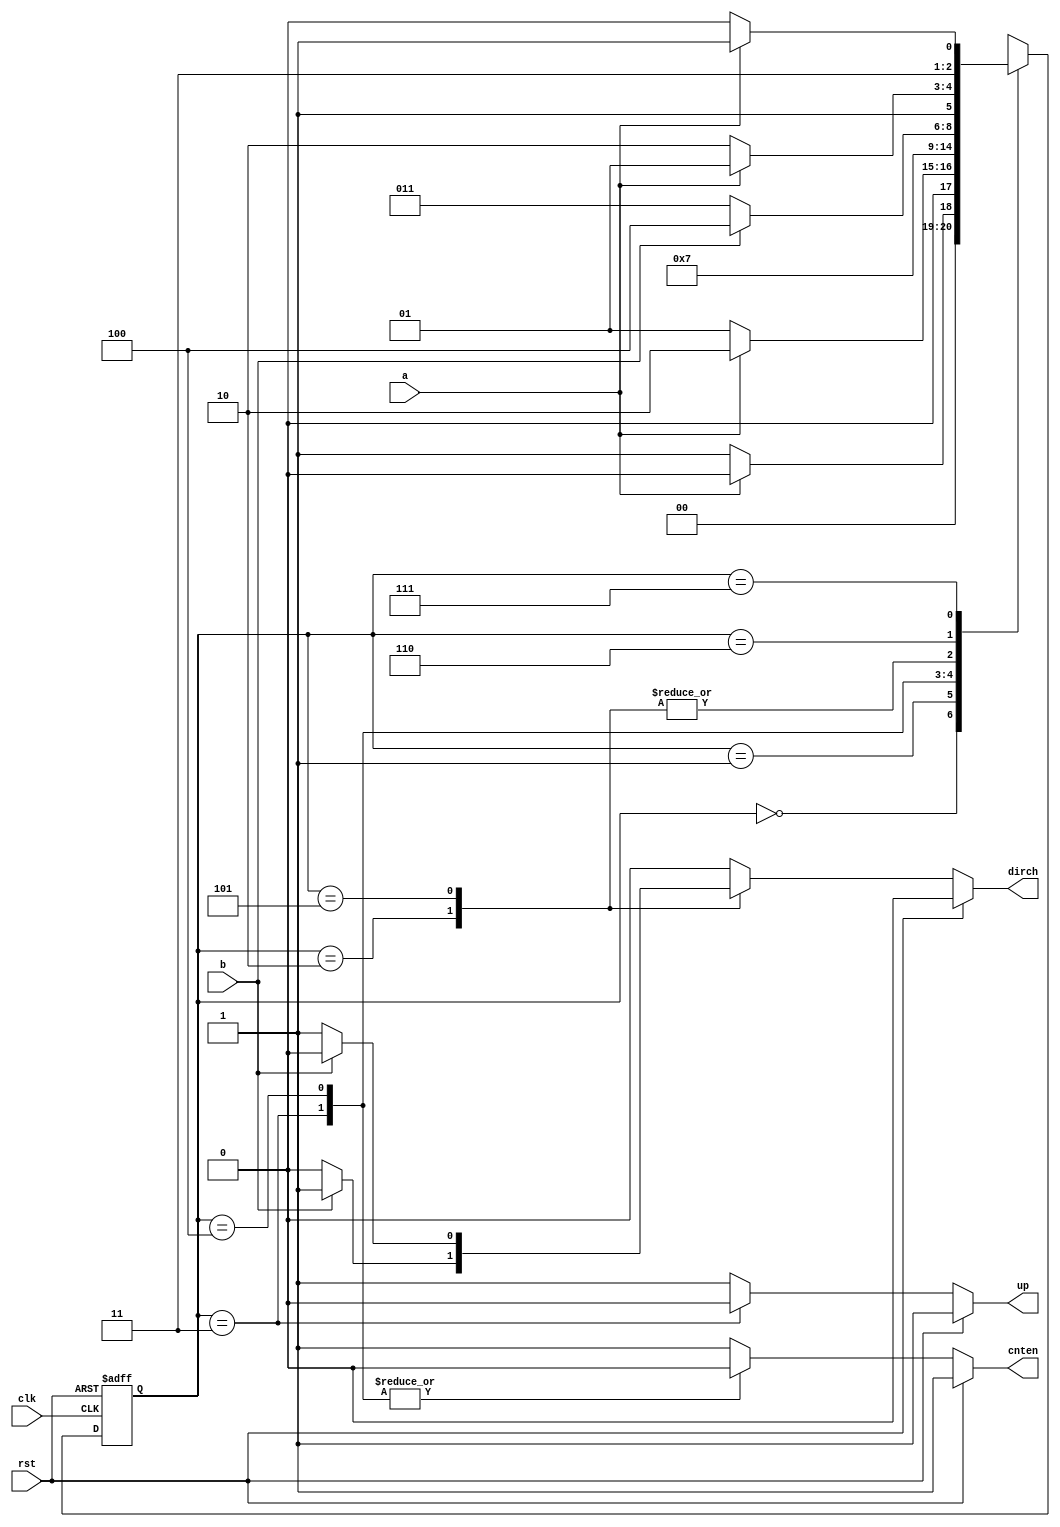
`timescale 1ns / 1ps

module ose_decoder_fsm(
    input a,
    input b,
    input clk,
    input rst,
    output reg cnten,
    output reg up,
    output reg dirch
    );

reg [2:0] st, ust;
localparam cw0=3'b000, cw1=3'b001,
           cwpe=3'b010, cwcnt=3'b011,
			  ccwcnt=3'b100, ccwpe=3'b101,
			  ccw1=3'b110, ccw0=3'b111;

always @(posedge clk, posedge rst)
begin
	if(rst)
		st<=cw0;
	else
		st<=ust;
end

always @*
begin
	if(rst)
		dirch <= 0;
	else case(st)
		cwpe: 
			if (b) 
			begin
				dirch <= 1;
				end
			else
			begin
				dirch <= 0;
				end
		ccwpe:
			if (!b)
			begin
				dirch <= 1;
				end
			else
			begin
				dirch <= 0;
				end
		default: dirch <= 0;
	endcase
end

always @*
begin
	if(rst)
		cnten <= 1;
	else case(st)
		cwcnt: cnten <= 0;
		ccwcnt: cnten <= 0;
		default: cnten <= 1;
	endcase
end

always @*
begin
	if(rst)
		up <= 1;
	else case(st)
		cwcnt: up <= 0;
		ccwcnt: up <= 1;
		default: up <= 1;
	endcase
end

always @*
begin
	case (st)
		cw0:
			if (~a)
				ust = cw1;
			else
				ust = cw0;
		cw1:
			if (a)
				ust = cwpe;
			else
				ust = cw1;
		cwpe:
			if (~b)
				ust = cwcnt;
			else
				ust = ccwcnt;
		cwcnt:
			ust = cw0;
		ccwcnt:
			ust = ccw0;
		ccwpe:
			if(b)
				ust = ccwcnt;
			else
				ust = cwcnt;
		ccw1:
			if(a)
				ust = ccwpe;
			else
				ust = ccw1;
		ccw0:
			if(~a)
				ust = ccw1;
			else
				ust = ccw0;
	endcase
end

endmodule